Scientific memoirs by medical officers of the Army of India - Part IV,
Year: 1889
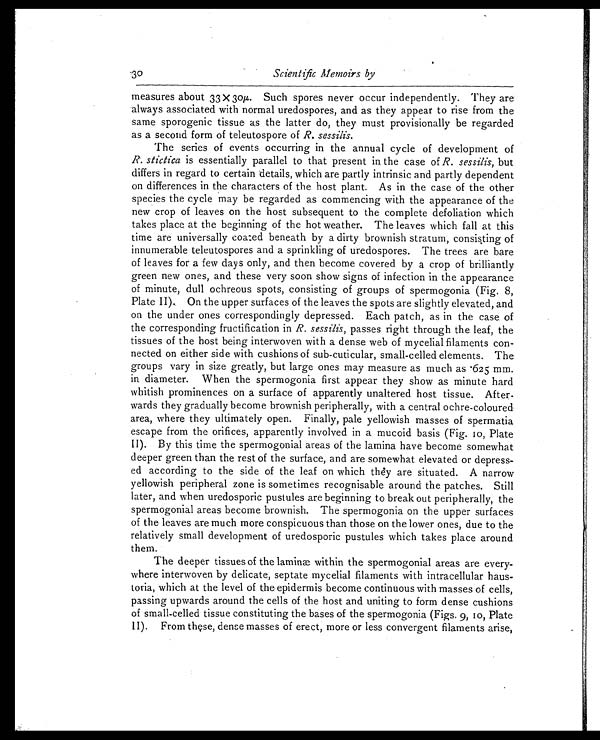
3 0
Scientific Memoirs by
measures about 33 x 30µ. Such spores never occur independently. They are
always associated with normal uredospores, and as they appear to rise from the
same sporogenic tissue as the latter do, they must provisionally be regarded
as a second form of teleutospore of R. sessilis.
The series of events occurring in the annual cycle of development of
R. stictica is essentially parallel to that present in the case of R. sessilis, but
differs in regard to certain details, which are partly intrinsic and partly dependent
on differences in the characters of the host plant. As in the case of the other
species the cycle may be regarded as commencing with the appearance of the
new crop of leaves on the host subsequent to the complete defoliation which
takes place at the beginning of the hot weather. The leaves which fall at this
time are universally coated beneath by a dirty brownish stratum, consisting of
innumerable teleutospores and a sprinkling of uredospores. The trees are bare
of leaves for a few days only, and then become covered by a crop of brilliantly
green new ones, and these very soon show signs of infection in the appearance
of minute, dull ochreous spots, consisting of groups of spermogonia (Fig. 8,
P l a t e I I ) , O n t h e u p p e r s u r f a c e s o f t h e l e a v e s t h e s p o t s a r e s l i g h t l y e l e v a t e d , a n d
on the under ones correspondingly depressed. Each patch, as in the case of
the corresponding fructification in R. sessilis, passes right through the leaf, the
tissues of the host being interwoven with a dense web of mycelial filaments con
-nected on either side with cushions of sub-cuticular, small-celled elements. The
groups vary in size greatly, but large ones may measure as much as .625 mm.
in diameter. When the spermogonia first appear they show as minute hard
whitish prominences on a surface of apparently unaltered host tissue. After
- w a r d s t h e y g r a d u a l l y b e c o m e b r o w n i s h p e r i p h e r a l l y , w i t h a c e n t r a l o c h r e - c o l o u r e d
area, where they ultimately open. Finally, pale yellowish masses of spermatia
escape from the orifices, apparently involved in a mucoid basis (Fig. 10, Plate
II). By this time the spermogonial areas of the lamina have become somewhat
deeper green than the rest of the surface, and are somewhat elevated or depress
-ed according to the side of the leaf on which they are situated. A narrow
yellowish peripheral zone is sometimes recognisable around the patches. Still
later, and when uredosporic pustules are beginning to break out peripherally, the
spermogonial areas become brownish. The spermogonia on the upper surfaces
of the leaves are much more conspicuous than those on the lower ones, due to the
relatively small development of uredosporic pustules which takes place around
them.
The deeper tissues of the laminæ within the spermogonial areas are every
-where interwoven by delicate, septate mycelial filaments with intracellular haus
- t o r i a , w h i c h a t t h e l e v e l o f t h e e p i d e r m i s b e c o m e c o n t i n u o u s w i t h m a s s e s o f c e l l s ,
passing upwards around the cells of the host and uniting to form dense cushions
of small-celled tissue constituting the bases of the spermogonia (Figs. 9, 10, Plate
II). From these, dense masses of erect, more or less convergent filaments arise,